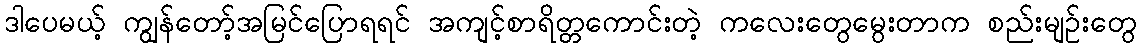
ဒါပေမယ့် ကျွန်တော့်အမြင်ပြောရရင် အကျင့်စာရိတ္တကောင်းတဲ့ ကလေးတွေမွေးတာက စည်းမျဉ်းတွေ